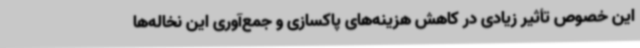
این خصوص تأثیر زیادی در کاهش هزینه‌های پاکسازی و جمع‌آوری این نخاله‌ها